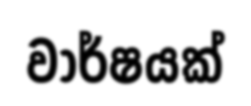
වාර්ෂයක්